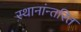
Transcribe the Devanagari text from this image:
स्थानांन्तरित